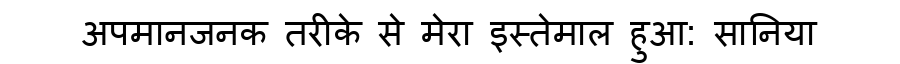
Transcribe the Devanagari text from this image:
अपमानजनक तरीके से मेरा इस्तेमाल हुआ: सानिया